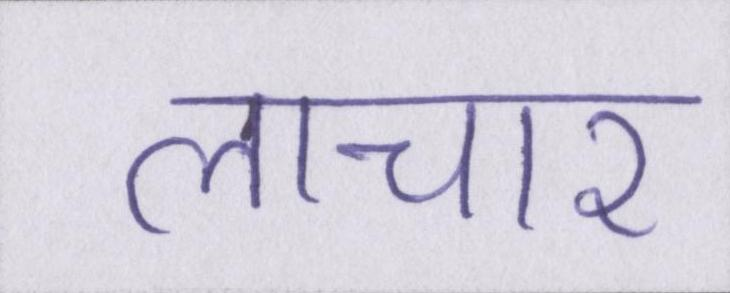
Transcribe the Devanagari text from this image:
लाचार